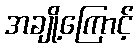
အချို့ကြောင့်